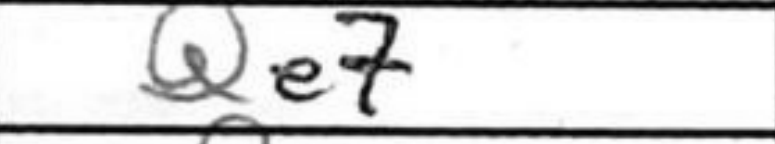
Transcription: Qe7